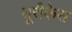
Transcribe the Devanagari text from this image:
यूरीकेस